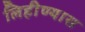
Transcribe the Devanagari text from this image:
लिहीण्यास